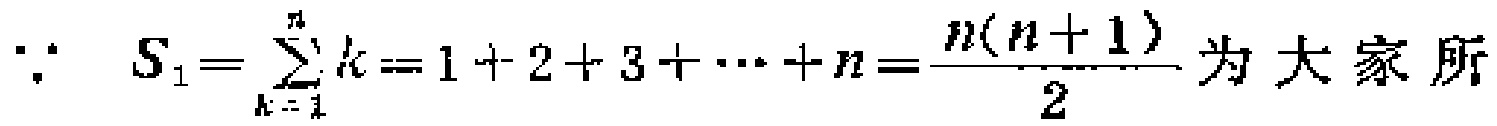
\(\because S_{1}=\sum_{k = 1}^{n}k = 1 + 2 + 3+\cdots + n=\frac{n(n + 1)}{2}\) 为大家所